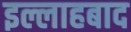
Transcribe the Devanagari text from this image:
इल्लाहबाद